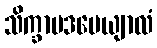
သိက္ခာပဒပေယျာလံ